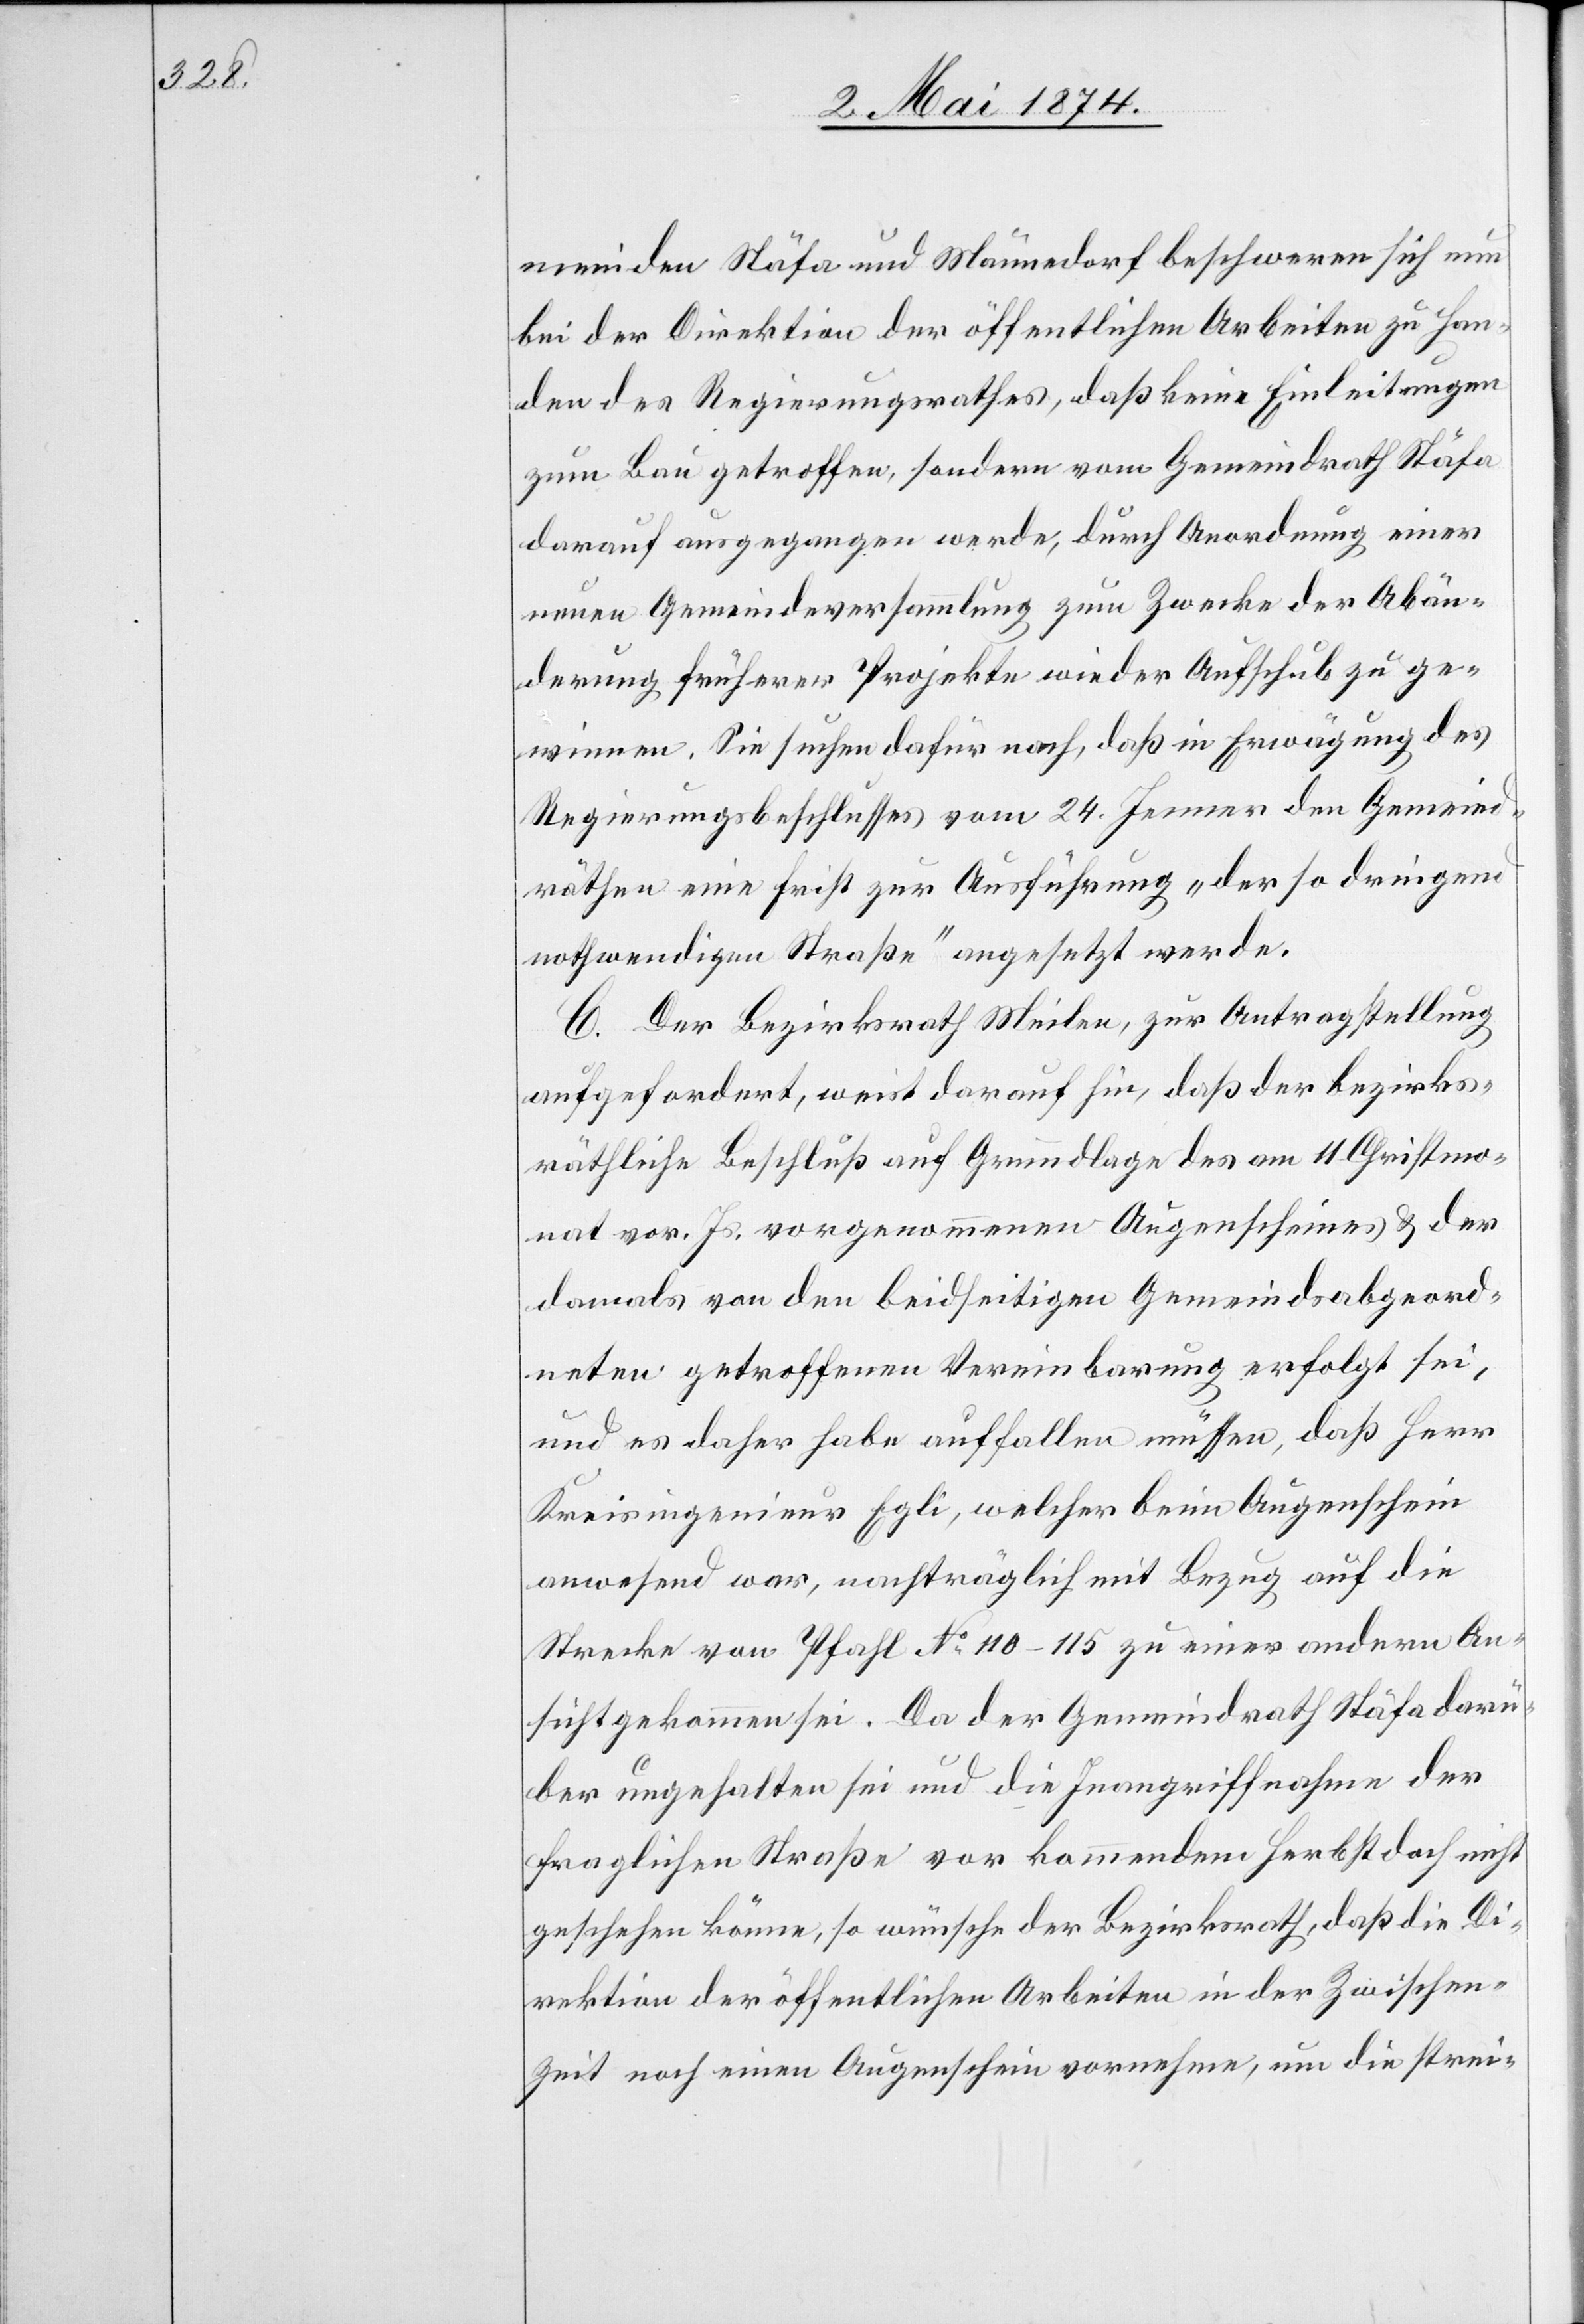
meinden Stäfa und Männedorf beschweren sich nun
bei der Direktion der öffentlichen Arbeiten zu Han¬
den des Regierungsrathes, daß keine Einleitungen
zum Bau getroffen, sondern vom Gemeindrath Stäfa
darauf ausgegangen werde, durch Anordnung einer
neuen Gemeindeversammlung zum Zwecke der Abän¬
derung früherer Projekte wieder Aufschub zu ge¬
winnen. Sie suchen dafür nach, daß in Erwägung des
Regierungsbeschlusses vom 24. Jenner den Gemeind¬
räthen eine Frist zur Ausführung „der so dringend
nothwendigen Straße“ angesetzt werde.
C. Der Bezirksrath Meilen, zur Antragstellung
aufgefordert, weist darauf hin, daß der bezirks¬
räthliche Beschluß auf Grundlage des am 11. Christmo¬
nat vor. Js. vorgenommenen Augenscheines u. der
damals von den beidseitigen Gemeindsabgeord¬
neten getroffenen Vereinbarung erfolgt sei,
und es daher habe auffallen müssen, daß Herr
Kreisingenieur Egli, welcher beim Augenschein
anwesend war, nachträglich mit Bezug auf die
Strecke von Pfahl No 110–115 zu einer andern An¬
sicht gekommen sei. Da der Gemeindrath Stäfa darü¬
ber ungehalten sei und die Inangriffnahme der
fraglichen Straße vor kommendem Herbst doch nicht
geschehen könne, so wünsche der Bezirksrath, daß die Di¬
rektion der öffentlichen Arbeiten in der Zwischen¬
zeit noch einen Augenschein vornehme, um die strei-